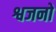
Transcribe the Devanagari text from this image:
श्वजनो